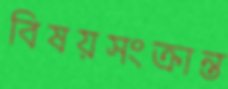
বিষয়সংক্রান্ত